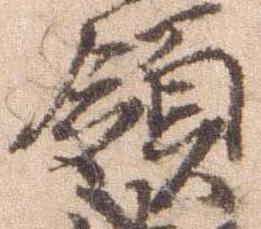
領